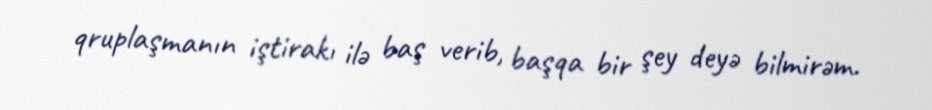
qruplaşmanın iştirakı ilə baş verib, başqa bir şey deyə bilmirəm.